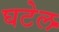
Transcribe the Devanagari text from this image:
घटेल